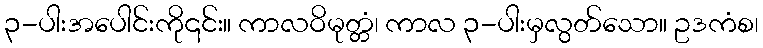
၃-ပါးအပေါင်းကို၎င်း။ ကာလဝိမုတ္တံ၊ ကာလ ၃-ပါးမှလွတ်သော။ ဥဒကံစ၊